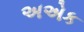
અએક